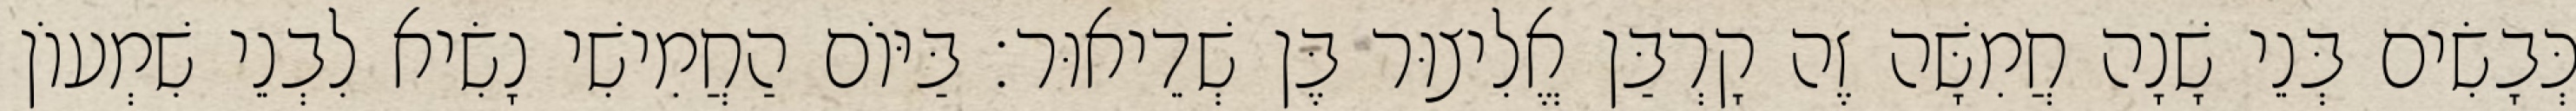
כְּבָשִׂים בְּנֵי שָׁנָה חֲמִשָּׁה זֶה קָרְבַּן אֱלִיצוּר בֶּן שְׁדֵיאוּר׃ בַּיּוֹם הַחֲמִישִׁי נָשִׂיא לִבְנֵי שִׁמְעוֹן